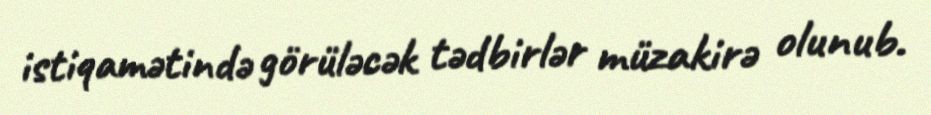
istiqamətində görüləcək tədbirlər müzakirə olunub.